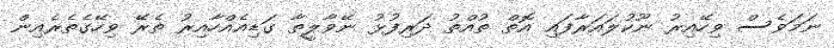
ނަމަވެސް ވިހޭއިރު ނޫކުލައަރާފައި އޮތް ތުއްތު ދަރިފުޅު ނޭވާލީތާ ގަޑިއެއްހާއިރު ތެރޭ ވިހޭގެތެރެއިން